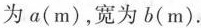
为a(m)，宽为b(m).